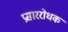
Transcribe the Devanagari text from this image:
प्रसाररोधक